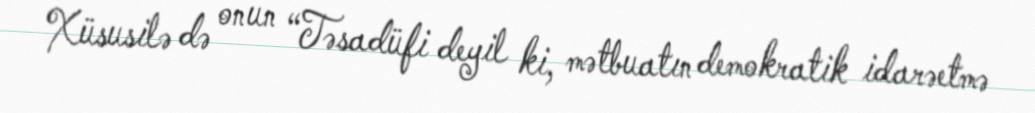
Xüsusilə də onun “Təsadüfi deyil ki, mətbuatın demokratik idarəetmə